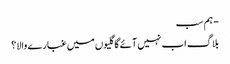
- ہم سب
بلاگ اب نہیں آئے گا گلیوں میں غبارے والا؟